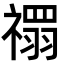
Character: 禤